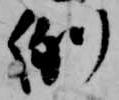
例